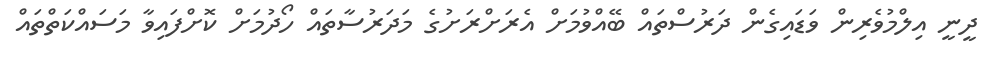
ދީނީ އިލްމުވެރިން ވަޑައިގެން ދަރުސްތައް ބޭއްވުމަށް އެރަށްރަށުގެ މަދަރުސާތައް ހޯދުމަށް ކޮށްފައިވާ މަސައްކަތްތައް